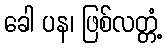
ခေါ ပန၊ ဖြစ်လတ္တံ့